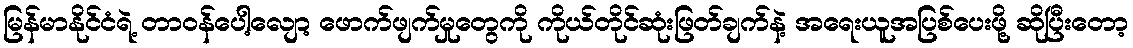
မြန်မာနိုင်ငံရဲ့ တာဝန်ပေါ့လျော့ ဖောက်ဖျက်မှုတွေကို ကိုယ်တိုင်ဆုံးဖြတ်ချက်နဲ့ အရေးယူအပြစ်ပေးဖို့ ဆိုပြီးတော့